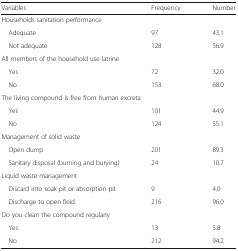
<table><thead><tr><td><b>Variables</b></td><td><b>Frequency</b></td><td><b>Number</b></td></tr></thead><tbody><tr><td colspan="3">Households sanitation performance</td></tr><tr><td> Adequate</td><td>97</td><td>43.1</td></tr><tr><td> Not adequate</td><td>128</td><td>56.9</td></tr><tr><td colspan="3">All members of the household use latrine</td></tr><tr><td> Yes</td><td>72</td><td>32.0</td></tr><tr><td> No</td><td>153</td><td>68.0</td></tr><tr><td colspan="3">The living compound is free from human excreta</td></tr><tr><td> Yes</td><td>101</td><td>44.9</td></tr><tr><td> No</td><td>124</td><td>55.1</td></tr><tr><td colspan="3">Management of solid waste</td></tr><tr><td> Open dump</td><td>201</td><td>89.3</td></tr><tr><td> Sanitary disposal (burning and burying)</td><td>24</td><td>10.7</td></tr><tr><td colspan="3">Liquid waste management</td></tr><tr><td> Discard into soak pit or absorption pit</td><td>9</td><td>4.0</td></tr><tr><td> Discharge to open field</td><td>216</td><td>96.0</td></tr><tr><td colspan="3">Do you clean the compound regularly</td></tr><tr><td> Yes</td><td>13</td><td>5.8</td></tr><tr><td> No</td><td>212</td><td>94.2</td></tr></tbody></table>